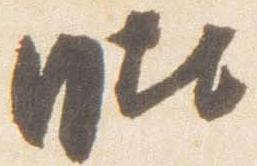
毘